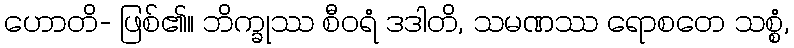
ဟောတိ- ဖြစ်၏။ ဘိက္ခုဿ စီဝရံ ဒဒါတိ, သမဏဿ ရောစတေ သစ္စံ,